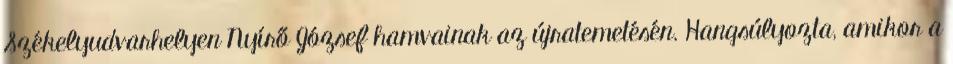
Székelyudvarhelyen Nyírő József hamvainak az újratemetésén. Hangsúlyozta, amikor a